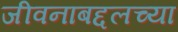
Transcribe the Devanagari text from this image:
जीवनाबद्दलच्या